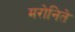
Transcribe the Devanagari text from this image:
मरोनिते